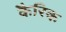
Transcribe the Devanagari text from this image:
कैरिक